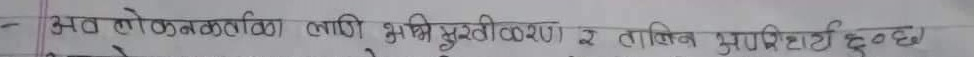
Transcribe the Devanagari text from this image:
अ अवलोकनका लागि भूमि मुक्तीकरण र ताजिव मुनप्राप्ति दन्छा